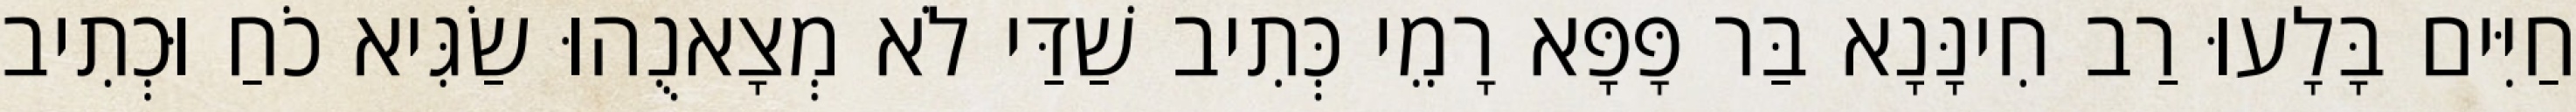
חַיִּים בָּלָעוּ רַב חִינָּנָא בַּר פָּפָּא רָמֵי כְּתִיב שַׁדַּי לֹא מְצָאנֻהוּ שַׂגִּיא כֹחַ וּכְתִיב